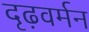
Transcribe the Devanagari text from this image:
दृढ़वर्मन